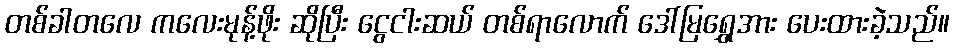
တစ်ခါတလေ ကလေးမုန့်ဖိုး ဆိုပြီး ငွေငါးဆယ် တစ်ရာလောက် ဒေါ်မြရွှေအား ပေးထားခဲ့သည်။